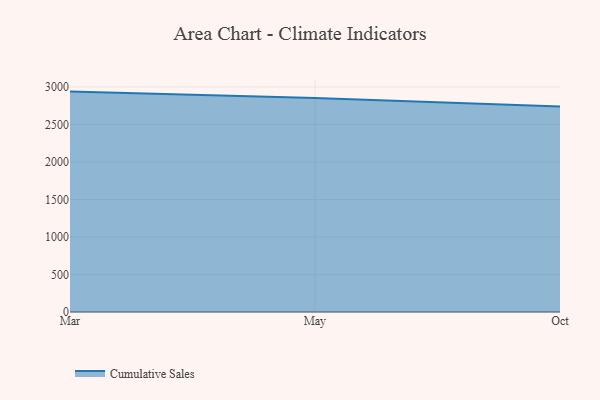
{"axis": {"x": "Month", "y": "Temperature (°C)"}, "legend": ["Cumulative Sales"], "data": [{"x": "Mar", "y": 2938.1, "type": "Cumulative Sales"}, {"x": "May", "y": 2851.8, "type": "Cumulative Sales"}, {"x": "Oct", "y": 2739.2, "type": "Cumulative Sales"}]}